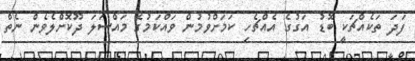
ފަދަ ތަކެއްޗަކީ ބޮޑު އަގުގެ އެއްޗެހި ކަމަށްވުމުން ވައްކަމުގެ މައްސަލަ ދޫކޮށްލެވެން ނެތް